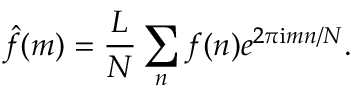
\hat { f } ( m ) = \frac { L } { N } \sum _ { n } f ( n ) e ^ { 2 \pi \mathrm { i } m n / N } .